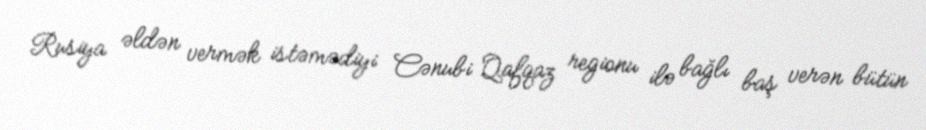
Rusiya əldən vermək istəmədiyi Cənubi Qafqaz regionu ilə bağlı baş verən bütün